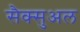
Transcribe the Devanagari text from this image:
सैक्सुअल